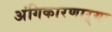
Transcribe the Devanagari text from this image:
अंगिकारणाऱ्या